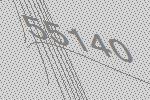
55140